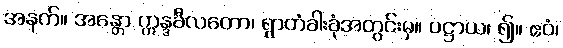
အနက်။ အန္တော ဣန္ဒခီလတော၊ ရွာတံခါးခုံအတွင်းမှ။ ပဋ္ဌာယ၊ ၍။ ဧဝံ၊